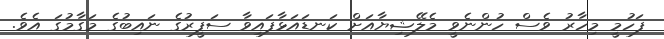
ފަހުމީ މިހާރު ވެސް ހުންނެވީ މެލޭޝިޔާއަށް ކަނޑައަޅާފައިވާ ސަފީރުގެ ނައިބުގެ މަގާމުގަ އެވެ.